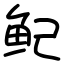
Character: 鱾